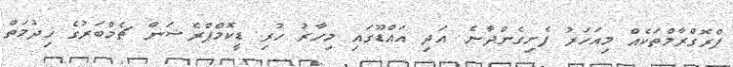
ޕްރޮގްރާމްތަކެއް މިއަހަރު ފެށިގެންދާނެ. އަދި އައްޑޫގައި މިހާރު ހުރި ޑީކޮމްޕްރެޝަން ޗެމްބަރުގެ ޚިދުމަތް